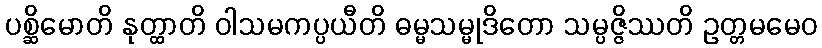
ပစ္ဆိမောတိ နုတ္ထာတိ ဝါသမကပ္ပယီတိ ဓမ္မသမ္မုဒိတော သမ္ပဇ္ဇိဿတိ ဥတ္တမမေဝ